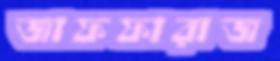
জাফফারাজ